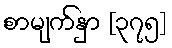
စာမျက်နှာ [၃၇၅]